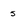
Character: 5